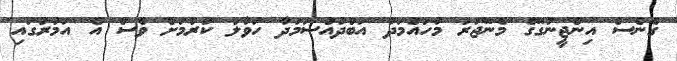
ގެނެސް އިންޖީނުގޭގެ މެނޭޖަރު މުހައްމަދު އަބްދުއްސަމަދާ ހަވާލު ކުރުމަށް ވެސް އެ އަމުރުގައި